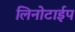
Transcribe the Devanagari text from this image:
लिनोटाईप